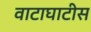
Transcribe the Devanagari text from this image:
वाटाघाटीस